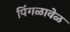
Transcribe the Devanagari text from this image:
पिंगळावेळ